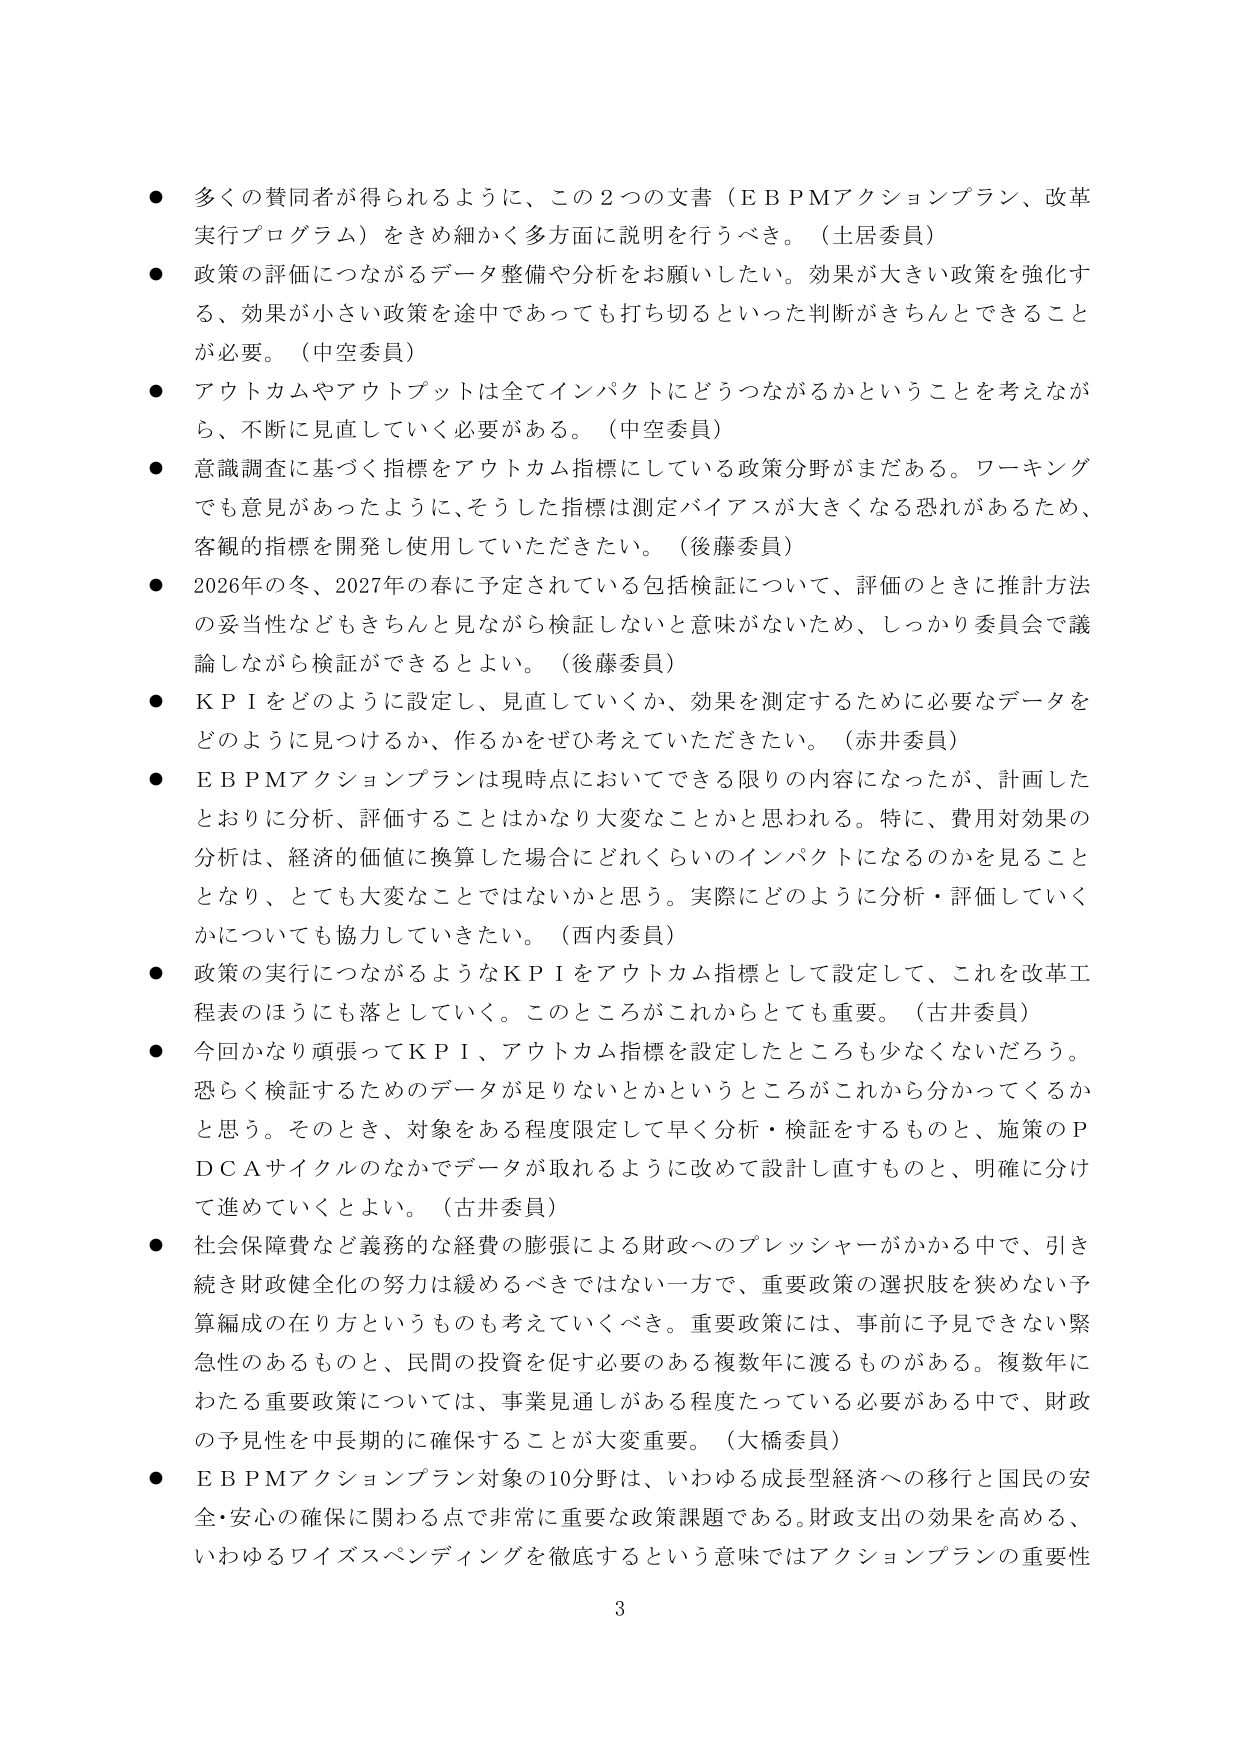
● 多くの賛同者が得られるように、この２つの文書（ＥＢＰＭアクションプラン、改革実行プログラム）をきめ細かく多方面に説明を行うべき。（土居委員）
● 政策の評価につながるデータ整備や分析をお願いしたい。効果が大きい政策を強化する、効果が小さい政策を途中であっても打ち切るといった判断がきちんとできることが必要。（中空委員）
● アウトカムやアウトプットは全てインパクトにどうつながるかということを考えながら、不断に見直していく必要がある。（中空委員）
● 意識調査に基づく指標をアウトカム指標にしている政策分野がまだある。ワーキングでも意見があったように、そうした指標は測定バイアスが大きくなる恐れがあるため、客観的指標を開発し使用していただきたい。（後藤委員）
● 2026年の冬、2027年の春に予定されている包括検証について、評価のときに推計方法の妥当性などもきちんと見ながら検証しないと意味がないため、しっかり委員会で議論しながら検証ができるとよい。（後藤委員）
● ＫＰＩをどのように設定し、見直していくか、効果を測定するために必要なデータをどのように見つけるか、作るかをぜひ考えていただきたい。（赤井委員）
● ＥＢＰＭアクションプランは現時点においてできる限りの内容になったが、計画したとおりに分析、評価することはかなり大変なことかと思われる。特に、費用対効果の分析は、経済的価値に換算した場合にどれくらいのインパクトになるのかを見ることとなり、とても大変なことではないかと思う。実際にどのように分析・評価していくかについても協力していきたい。（西内委員）
● 政策の実行につながるようなＫＰＩをアウトカム指標として設定して、これを改革工程表のほうにも落としていく。このところがこれからとても重要。（古井委員）
● 今回かなり頑張ってＫＰＩ、アウトカム指標を設定したところも少なくないだろう。恐らく検証するためのデータが足りないとかというところがこれから分かってくるかと思う。そのとき、対象をある程度限定して早く分析・検証をするものと、施策のＰＤＣＡサイクルのなかでデータが取れるように改めて設計し直すものと、明確に分けて進めていくとよい。（古井委員）
● 社会保障費など義務的な経費の膨張による財政へのプレッシャーがかかる中で、引き続き財政健全化の努力は緩めるべきではない一方で、重要政策の選択肢を狭めない予算編成の在り方というのも考えていくべき。重要政策には、事前に予見できない緊急性のあるものと、民間の投資を促す必要のある複数年に渡るものがある。複数年にわたる重要政策については、事業見通しがある程度たっている必要がある中で、財政の予見性を中長期的に確保することが大変重要。（大橋委員）
● ＥＢＰＭアクションプラン対象の10分野は、いわゆる成長型経済への移行と国民の安全・安心の確保に関わる点で非常に重要な政策課題である。財政支出の効果を高める、いわゆるワイズスペンディングを徹底するという意味ではアクションプランの重要性

3